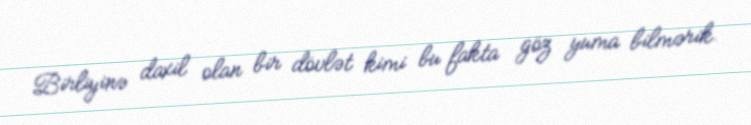
Birliyinə daxil olan bir dövlət kimi bu fakta göz yuma bilmərik.